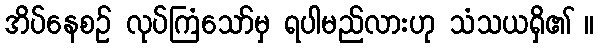
အိပ်နေစဉ် လုပ်ကြံသော်မှ ရပါမည်လားဟု သံသယရှိ၏ ။